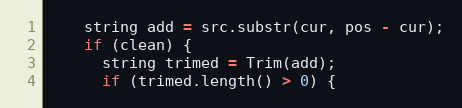
Language: C++
    string add = src.substr(cur, pos - cur);
    if (clean) {
      string trimed = Trim(add);
      if (trimed.length() > 0) {